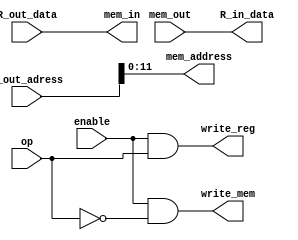
`timescale 1ns / 1ps
//////////////////////////////////////////////////////////////////////////////////
// Company: 
// Engineer: 
// 
// Design Name: 
// Module Name: memory_controller
// Project Name: 
// Target Devices: 
// Tool Versions: 
// Description: 
// 
// Dependencies: 
// 
// Revision:
// Revision 0.01 - File Created
// Additional Comments:
// 
//////////////////////////////////////////////////////////////////////////////////


module memory_controller#(
    parameter DATA_SIZE = 16,
    parameter ADDRESS_LENGTH = 12
    )(
    input op, //0==1011, 1=1100 (write)(0) / (read)(1)
    input enable,//do or not
    input [DATA_SIZE-1:0] R_out_adress,
    input [DATA_SIZE-1:0] R_out_data,
    input [DATA_SIZE-1:0] mem_out,
    
    output [DATA_SIZE-1:0] R_in_data,
    output [DATA_SIZE-1:0] mem_in,
    output write_reg,
    output write_mem,
    
    output [ADDRESS_LENGTH-1:0] mem_address
    );
    assign write_mem = enable&(!op);
    assign write_reg = enable&op;
    assign mem_in = R_out_data;
    assign R_in_data = mem_out;
    assign mem_address = R_out_adress;
//    always@(*)
//        case(op)
//         endcase
            
endmodule